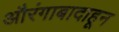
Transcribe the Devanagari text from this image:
औरंगाबादाहून